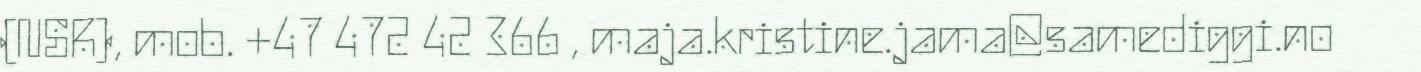
(NSR), mob. +47 472 42 366 , maja.kristine.jama@samediggi.no